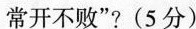
常开不败“？（5分）